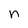
Character: n